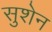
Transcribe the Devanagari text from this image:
सुशेन